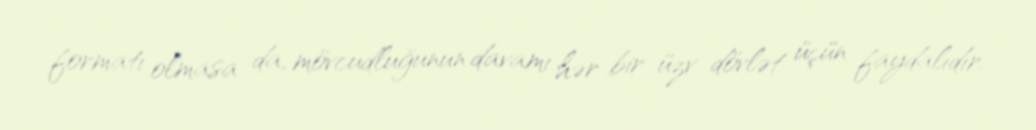
formatı olmasa da, mövcudluğunun davamı hər bir üzv dövlət üçün faydalıdır.